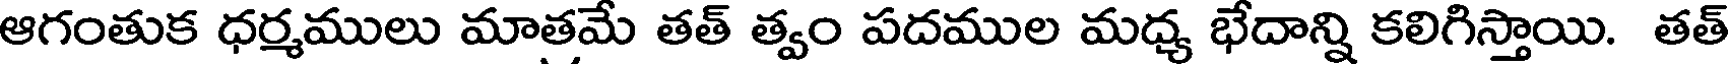
ఆగంతుక ధర్మములు మాతమే తత్ త్వం పదముల మధ్య భేదాన్ని కలిగిస్తాయి. తత్